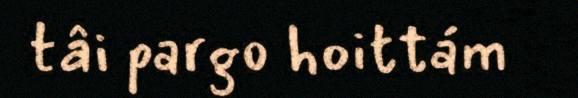
tâi pargo hoittám